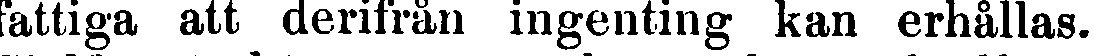
fattiga att derifrån ingenting kan erhållas.